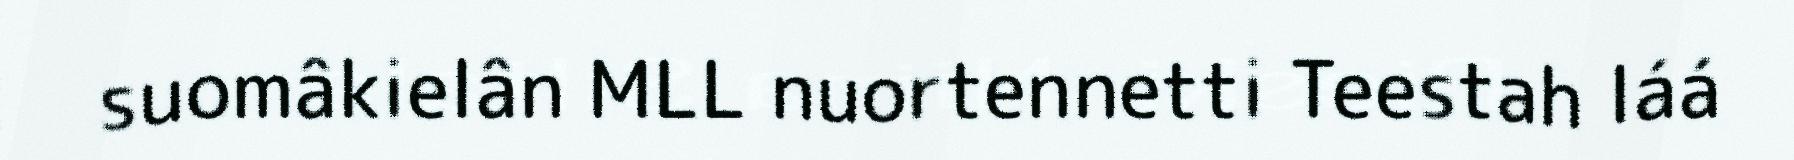
suomâkielân MLL nuortennetti Teestah láá